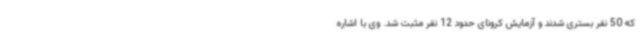
که 50 نفر بستری شدند و آزمایش کرونای حدود 12 نفر مثبت شد. وی با اشاره